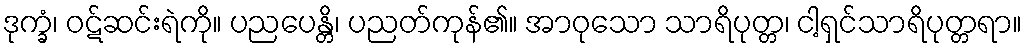
ဒုက္ခံ၊ ဝဋ်ဆင်းရဲကို။ ပညပေန္တိ၊ ပညတ်ကုန်၏။ အာဝုသော သာရိပုတ္တ၊ ငါ့ရှင်သာရိပုတ္တရာ။